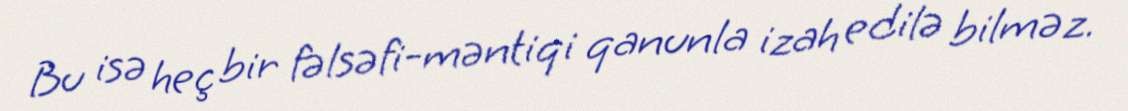
Bu isə heç bir fəlsəfi-məntiqi qanunla izah edilə bilməz.